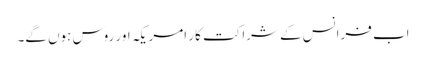
اب فرانس کے شراکت کار امریکہ اور روس ہوں گے۔